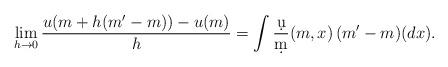
LaTeX: \begin{align*}\lim_{h\to 0}\frac{u(m+h (m'-m))-u(m)}{h}=\int \frac{\d u}{\d m}(m,x) \, (m'-m)(dx).\end{align*}